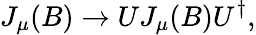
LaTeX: J_{\mu}(B)\rightarrow UJ_{\mu}(B)U^{\dagger},